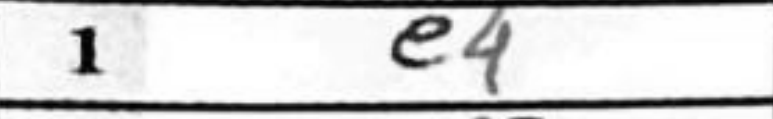
Transcription: e4